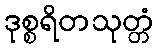
ဒုစ္စရိတသုတ္တံ